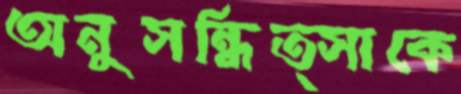
অনুসন্ধিত্সাকে